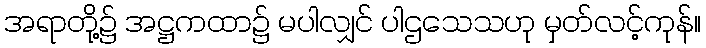
အရာတို့၌ အဋ္ဌကထာ၌ မပါလျှင် ပါဌသေသဟု မှတ်လင့်ကုန်။